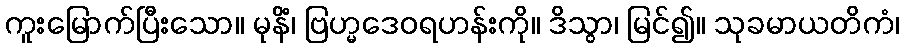
ကူးမြောက်ပြီးသော။ မုနိံ၊ ဗြဟ္မဒေဝရဟန်းကို။ ဒိသွာ၊ မြင်၍။ သုခမာယတိကံ၊